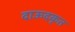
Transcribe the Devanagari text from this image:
दाऊदकृत